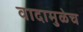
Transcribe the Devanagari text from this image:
वादामुळेच